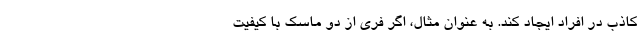
کاذب در افراد ایجاد کند. به عنوان مثال، اگر فری از دو ماسک با کیفیت